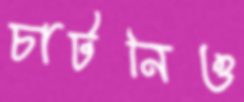
চাটনিও